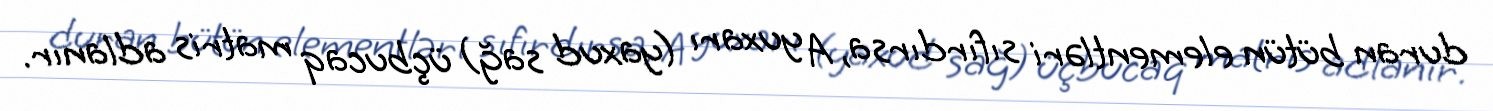
duran bütün elementləri sıfırdırsa, A yuxarı (yaxud sağ) üçbucaq matris adlanır.